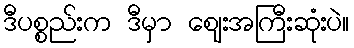
ဒီပစ္စည်းက ဒီမှာ ဈေးအကြီးဆုံးပဲ။